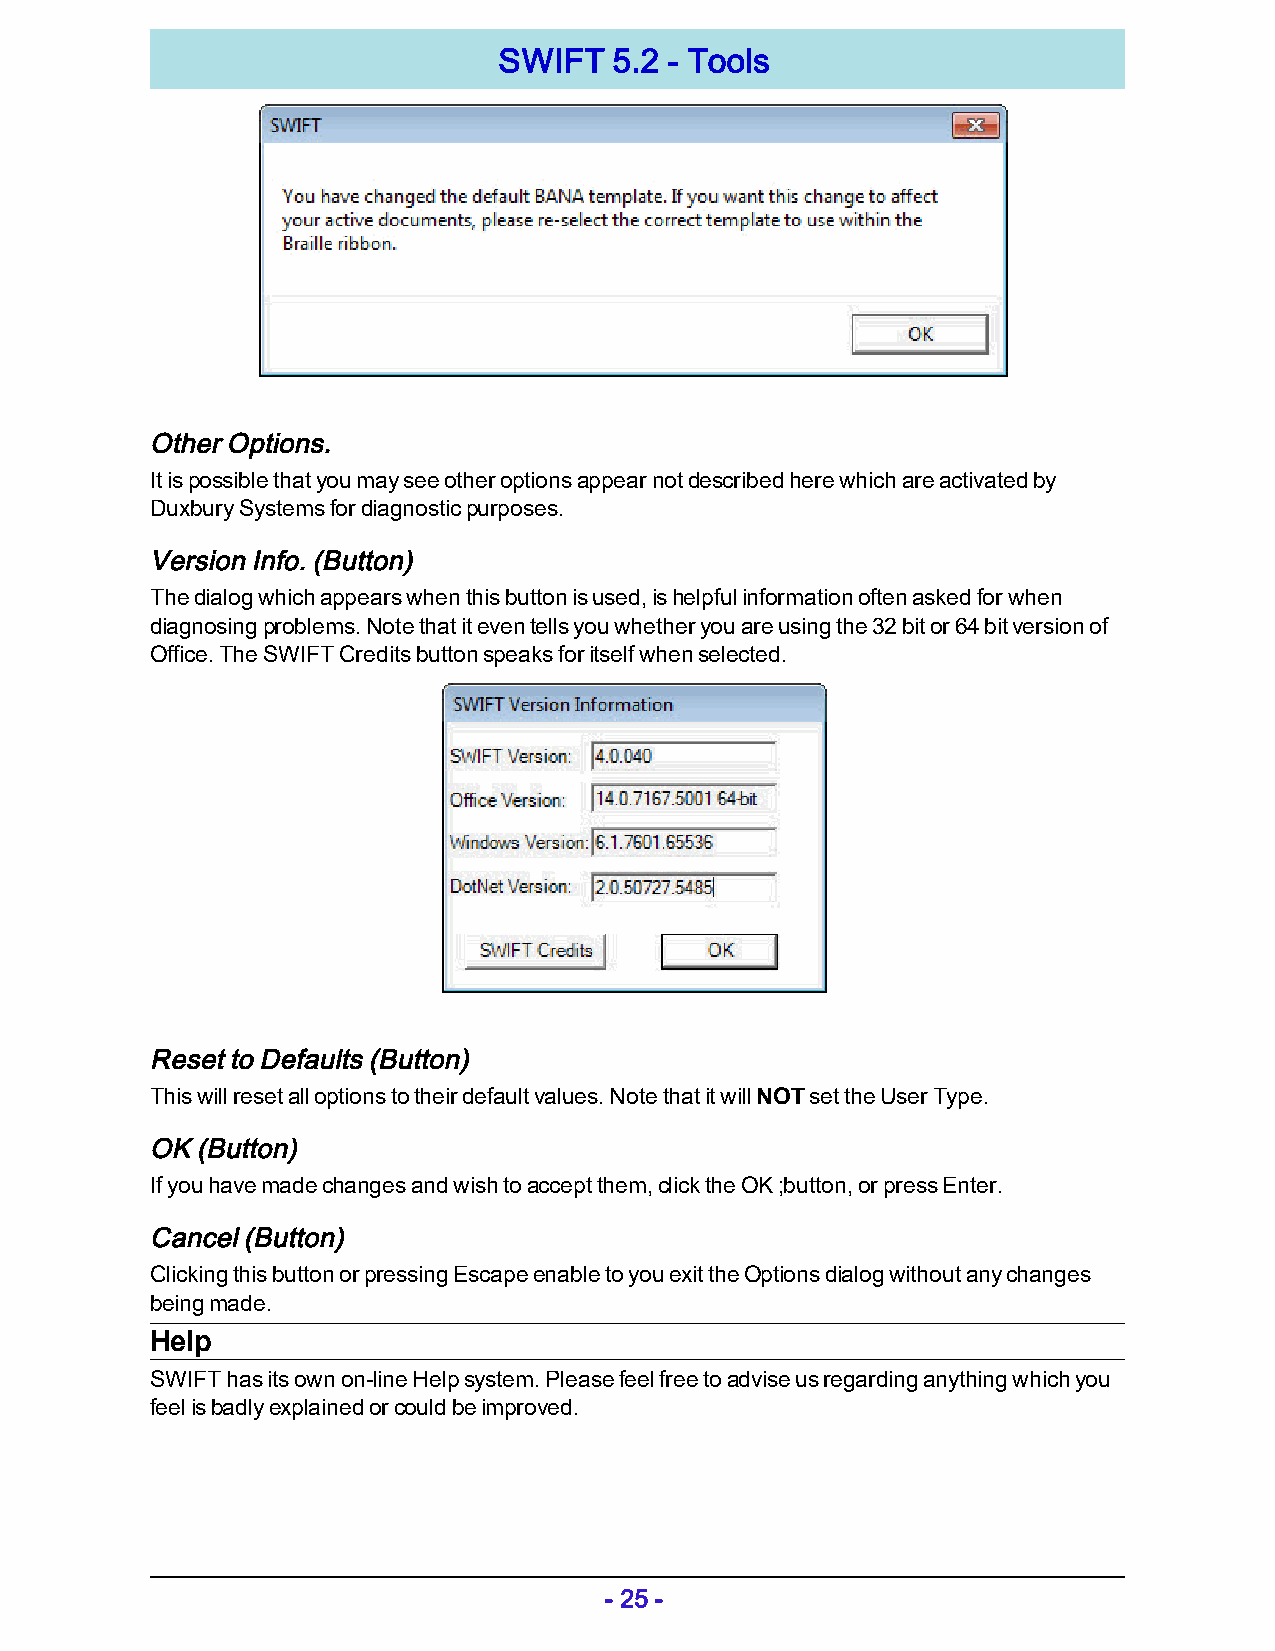
SWIFT   5.2 - Tools
 Other Options.
 It is possible that you may see other options appear not described here which are activated by
 Duxbury Systems for diagnostic purposes.
 Version Info. (Button)
 The dialog which appears when this button is used, is helpful information often asked for when
 diagnosing problems. Note that it even tells you whether you are using the 32 bit or 64 bit version of
 Office. The SWIFT Credits button speaks for itself when selected.
 Reset to Defaults (Button)
 This will reset all options to their default values. Note that it will NOT set the User Type.
 OK (Button)
 If you have made changes and wish to accept them, click the OK ;button, or press Enter.
 Cancel (Button)
 Clicking this button or pressing Escape enable to you exit the Options dialog without any changes
 being made.
 Help
 SWIFT has its own on-line Help system. Please feel free to advise us regarding anything which you
 feel is badly explained or could be improved.
 - 25 -